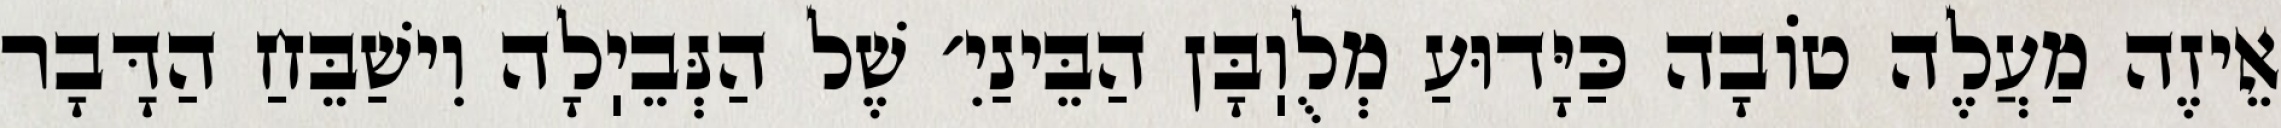
אֵיזֶה מַעֲלֶה טוֹבָה כַּיָּדוּעַ מְלֻוֽבָּן הַבֵּינַיִ׳ שֶׁל הַנְּבֵיֽלָה וִישַׁבֵּחַ הַדָּבָר